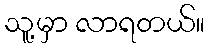
သူ့မှာ လာရတယ်။